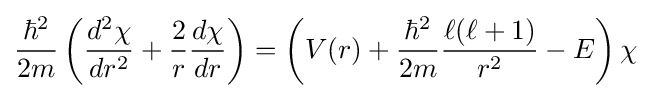
{\frac {\hbar ^{2}}{2m}}\left({\frac {d^{2}\chi }{dr^{2}}}+{\frac {2}{r}}{\frac {d\chi }{dr}}\right)=\left(V(r)+{\frac {\hbar ^{2}}{2m}}{\frac {\ell (\ell +1)}{r^{2}}}-E\right)\chi